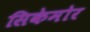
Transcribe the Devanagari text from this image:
सिकेमोर